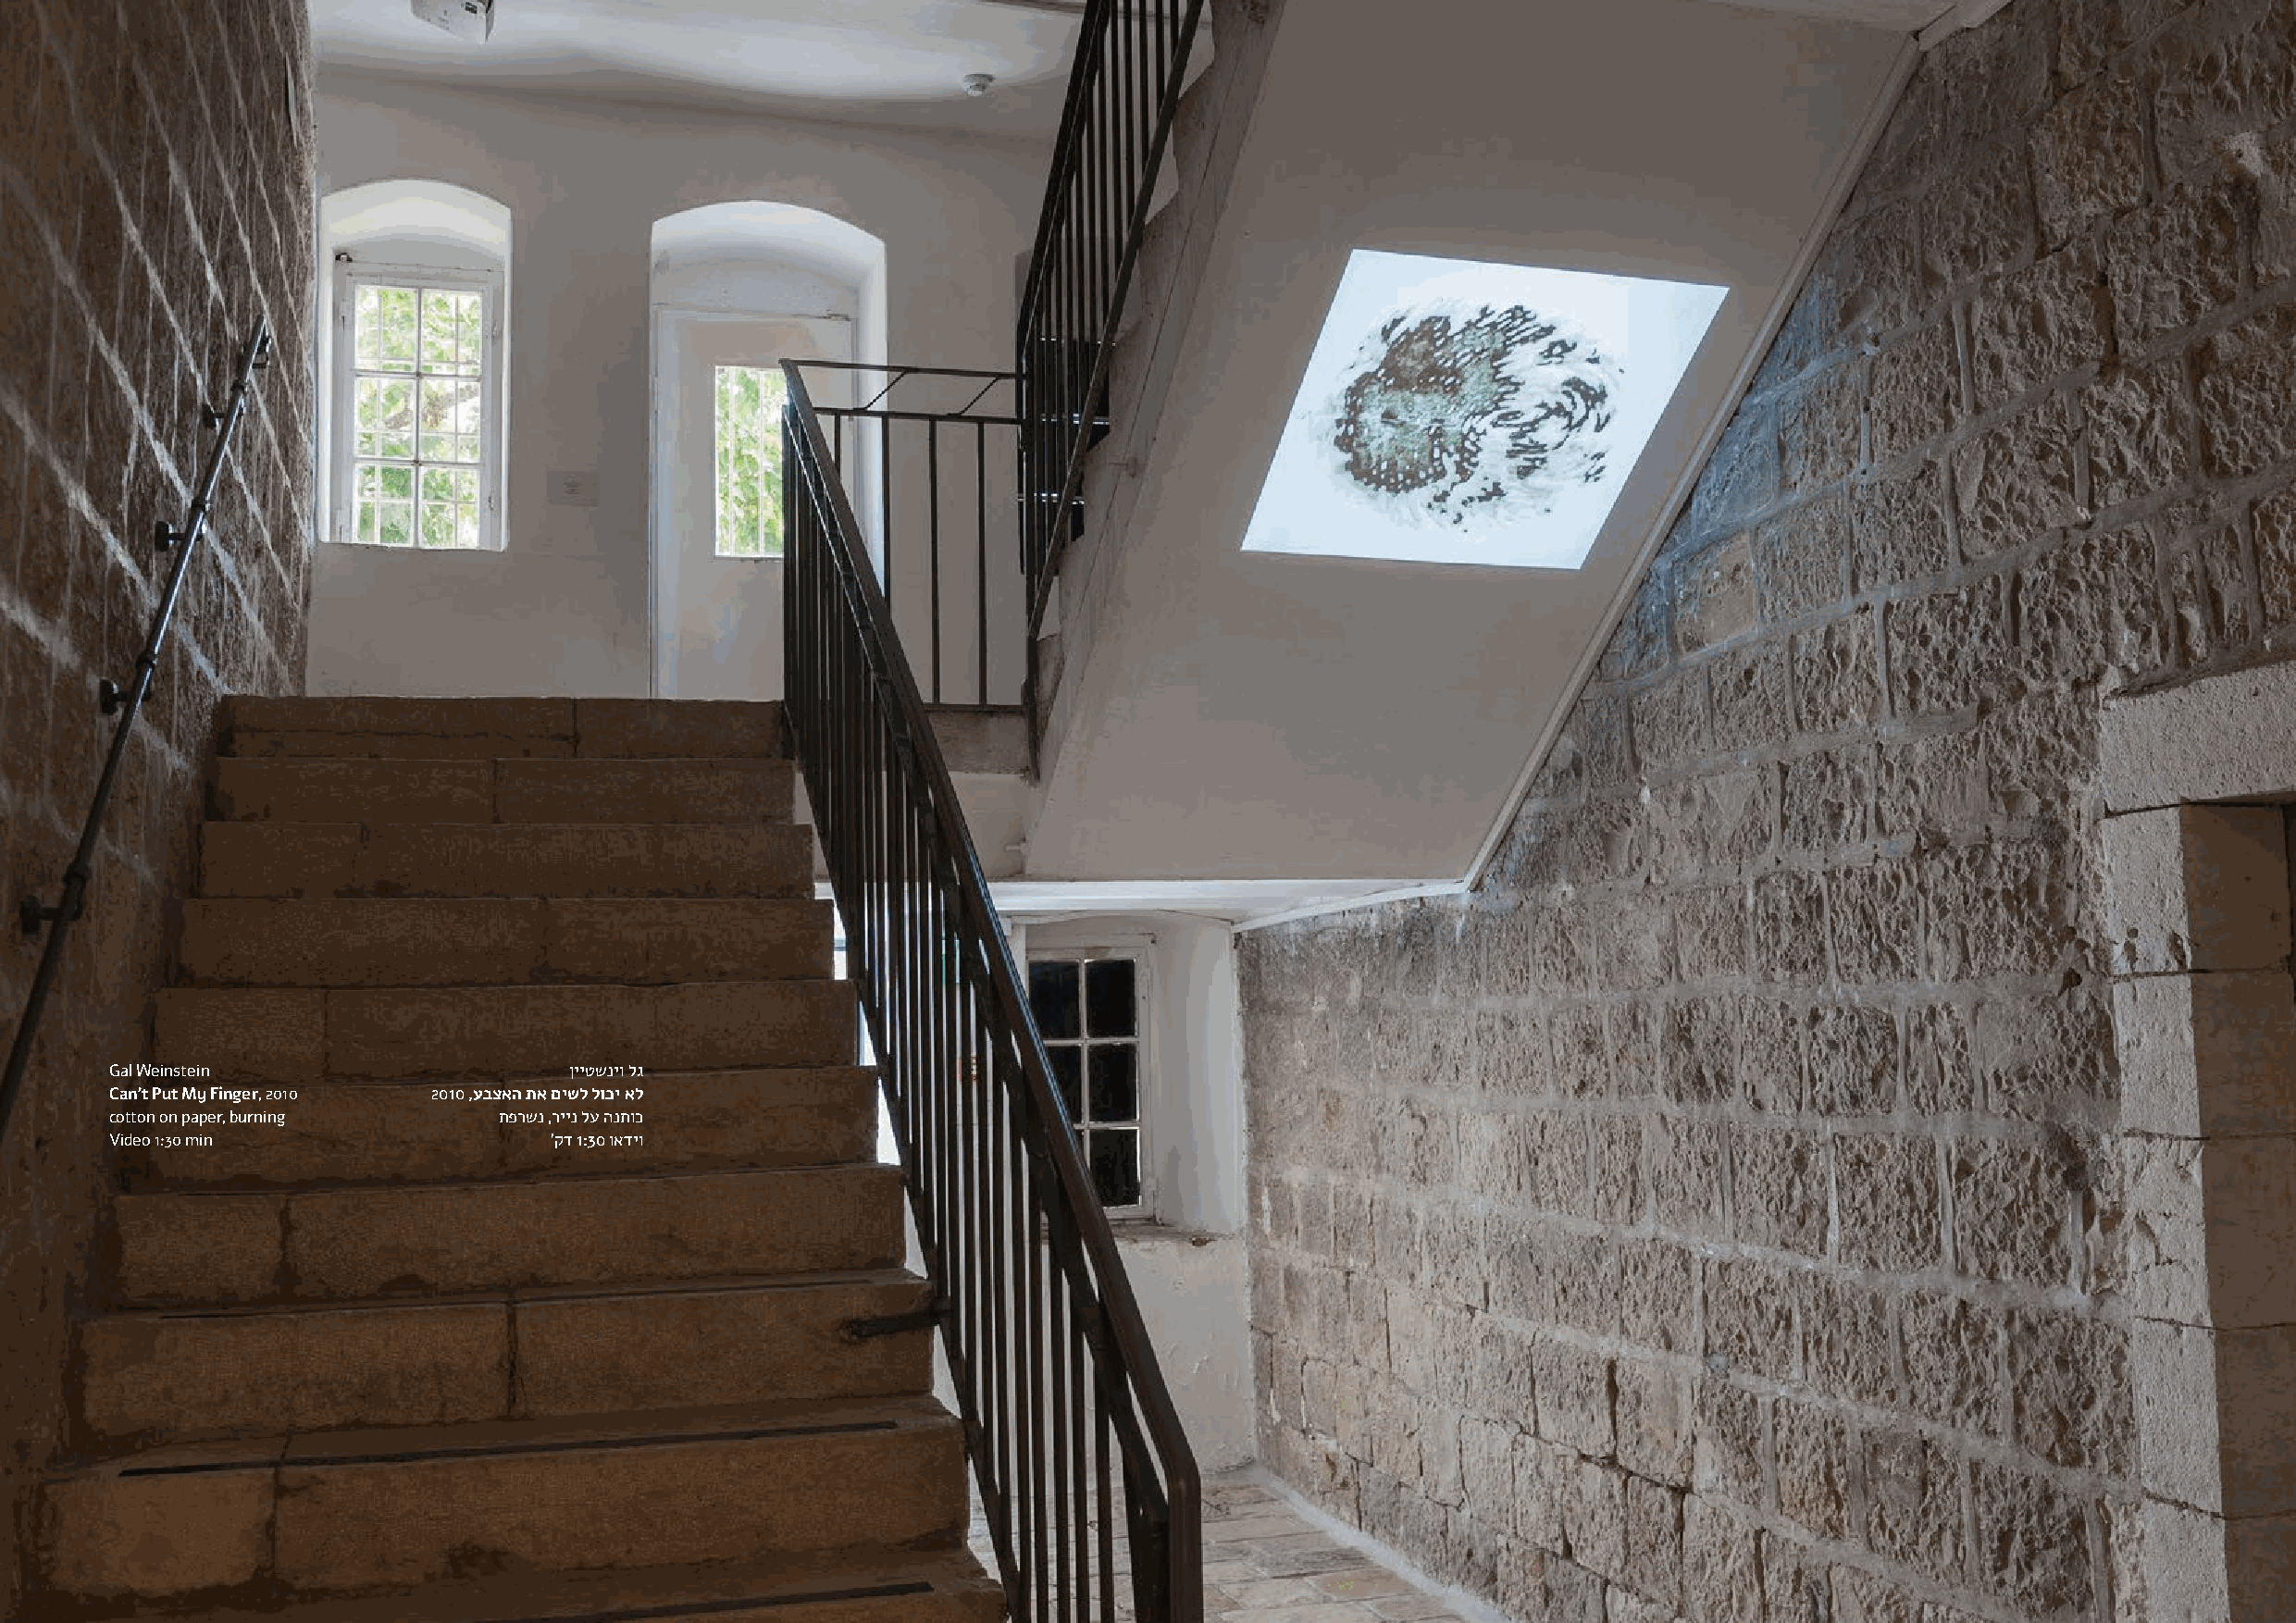
Gal Weinstein                 ןייטשניו לג
 Can't Put My Finger, 2010 2010 ,עבצאה תא םישל לוכי אל
 cotton on paper, burning תפרשנ ,ריינ לע הנתוכ
 Video 1:30 min               'קד 1:30 ואדיו
 Gal Weinstein                    ןייטשניו לג
 Can't Put My Finger, 2010 2010 ,עבצאה תא םישל לוכי אל
 cotton on paper, burning    תפרשנ ,ריינ לע הנתוכ
 Video 1:30 min                 'קד 1:30 ואדיו